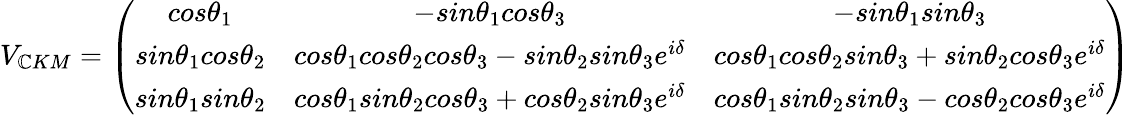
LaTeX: V_{\mathbb{C}KM}=\left(\begin{array}{ccc}{{cos\theta_{1}}}&{{-sin\theta_{1}cos\theta_{3}}}&{{-sin\theta_{1}sin\theta_{3}}}\\ {{sin\theta_{1}cos\theta_{2}}}&{{cos\theta_{1}cos\theta_{2}cos\theta_{3}-sin\theta_{2}sin\theta_{3}e^{i\delta}}}&{{cos\theta_{1}cos\theta_{2}sin\theta_{3}+sin\theta_{2}cos\theta_{3}e^{i\delta}}}\\ {{sin\theta_{1}sin\theta_{2}}}&{{cos\theta_{1}sin\theta_{2}cos\theta_{3}+cos\theta_{2}sin\theta_{3}e^{i\delta}}}&{{cos\theta_{1}sin\theta_{2}sin\theta_{3}-cos\theta_{2}cos\theta_{3}e^{i\delta}}}\end{array}\right)